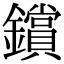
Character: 鑜